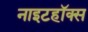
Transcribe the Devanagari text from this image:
नाइटहॉक्स